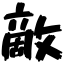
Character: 敵